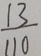
\frac { 1 3 } { 1 1 0 }